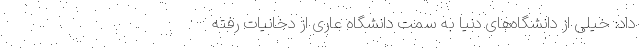
داد: خیلی از دانشگاه‌های دنیا به سمت دانشگاه عاری از دخانیات رفته